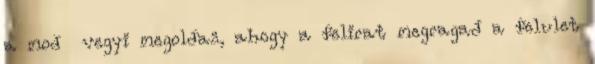
a mod vegyi megoldas, ahogy a felirat megragad a felulet